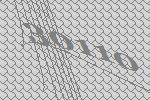
30110